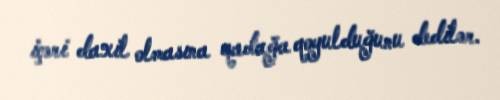
içəri daxil olmasına qadağa qoyulduğunu dedilər.